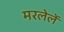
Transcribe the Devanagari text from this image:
मरलेलें